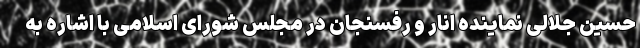
حسین جلالی نماینده انار و رفسنجان در مجلس شورای اسلامی با اشاره به